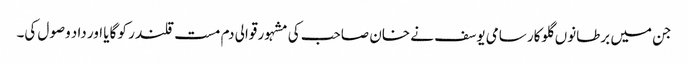
جن میں برطانوں گلوکار سامی یوسف نے خان صاحب کی مشہور قوالی دم مست قلندر کو گایا اور داد وصول کی۔